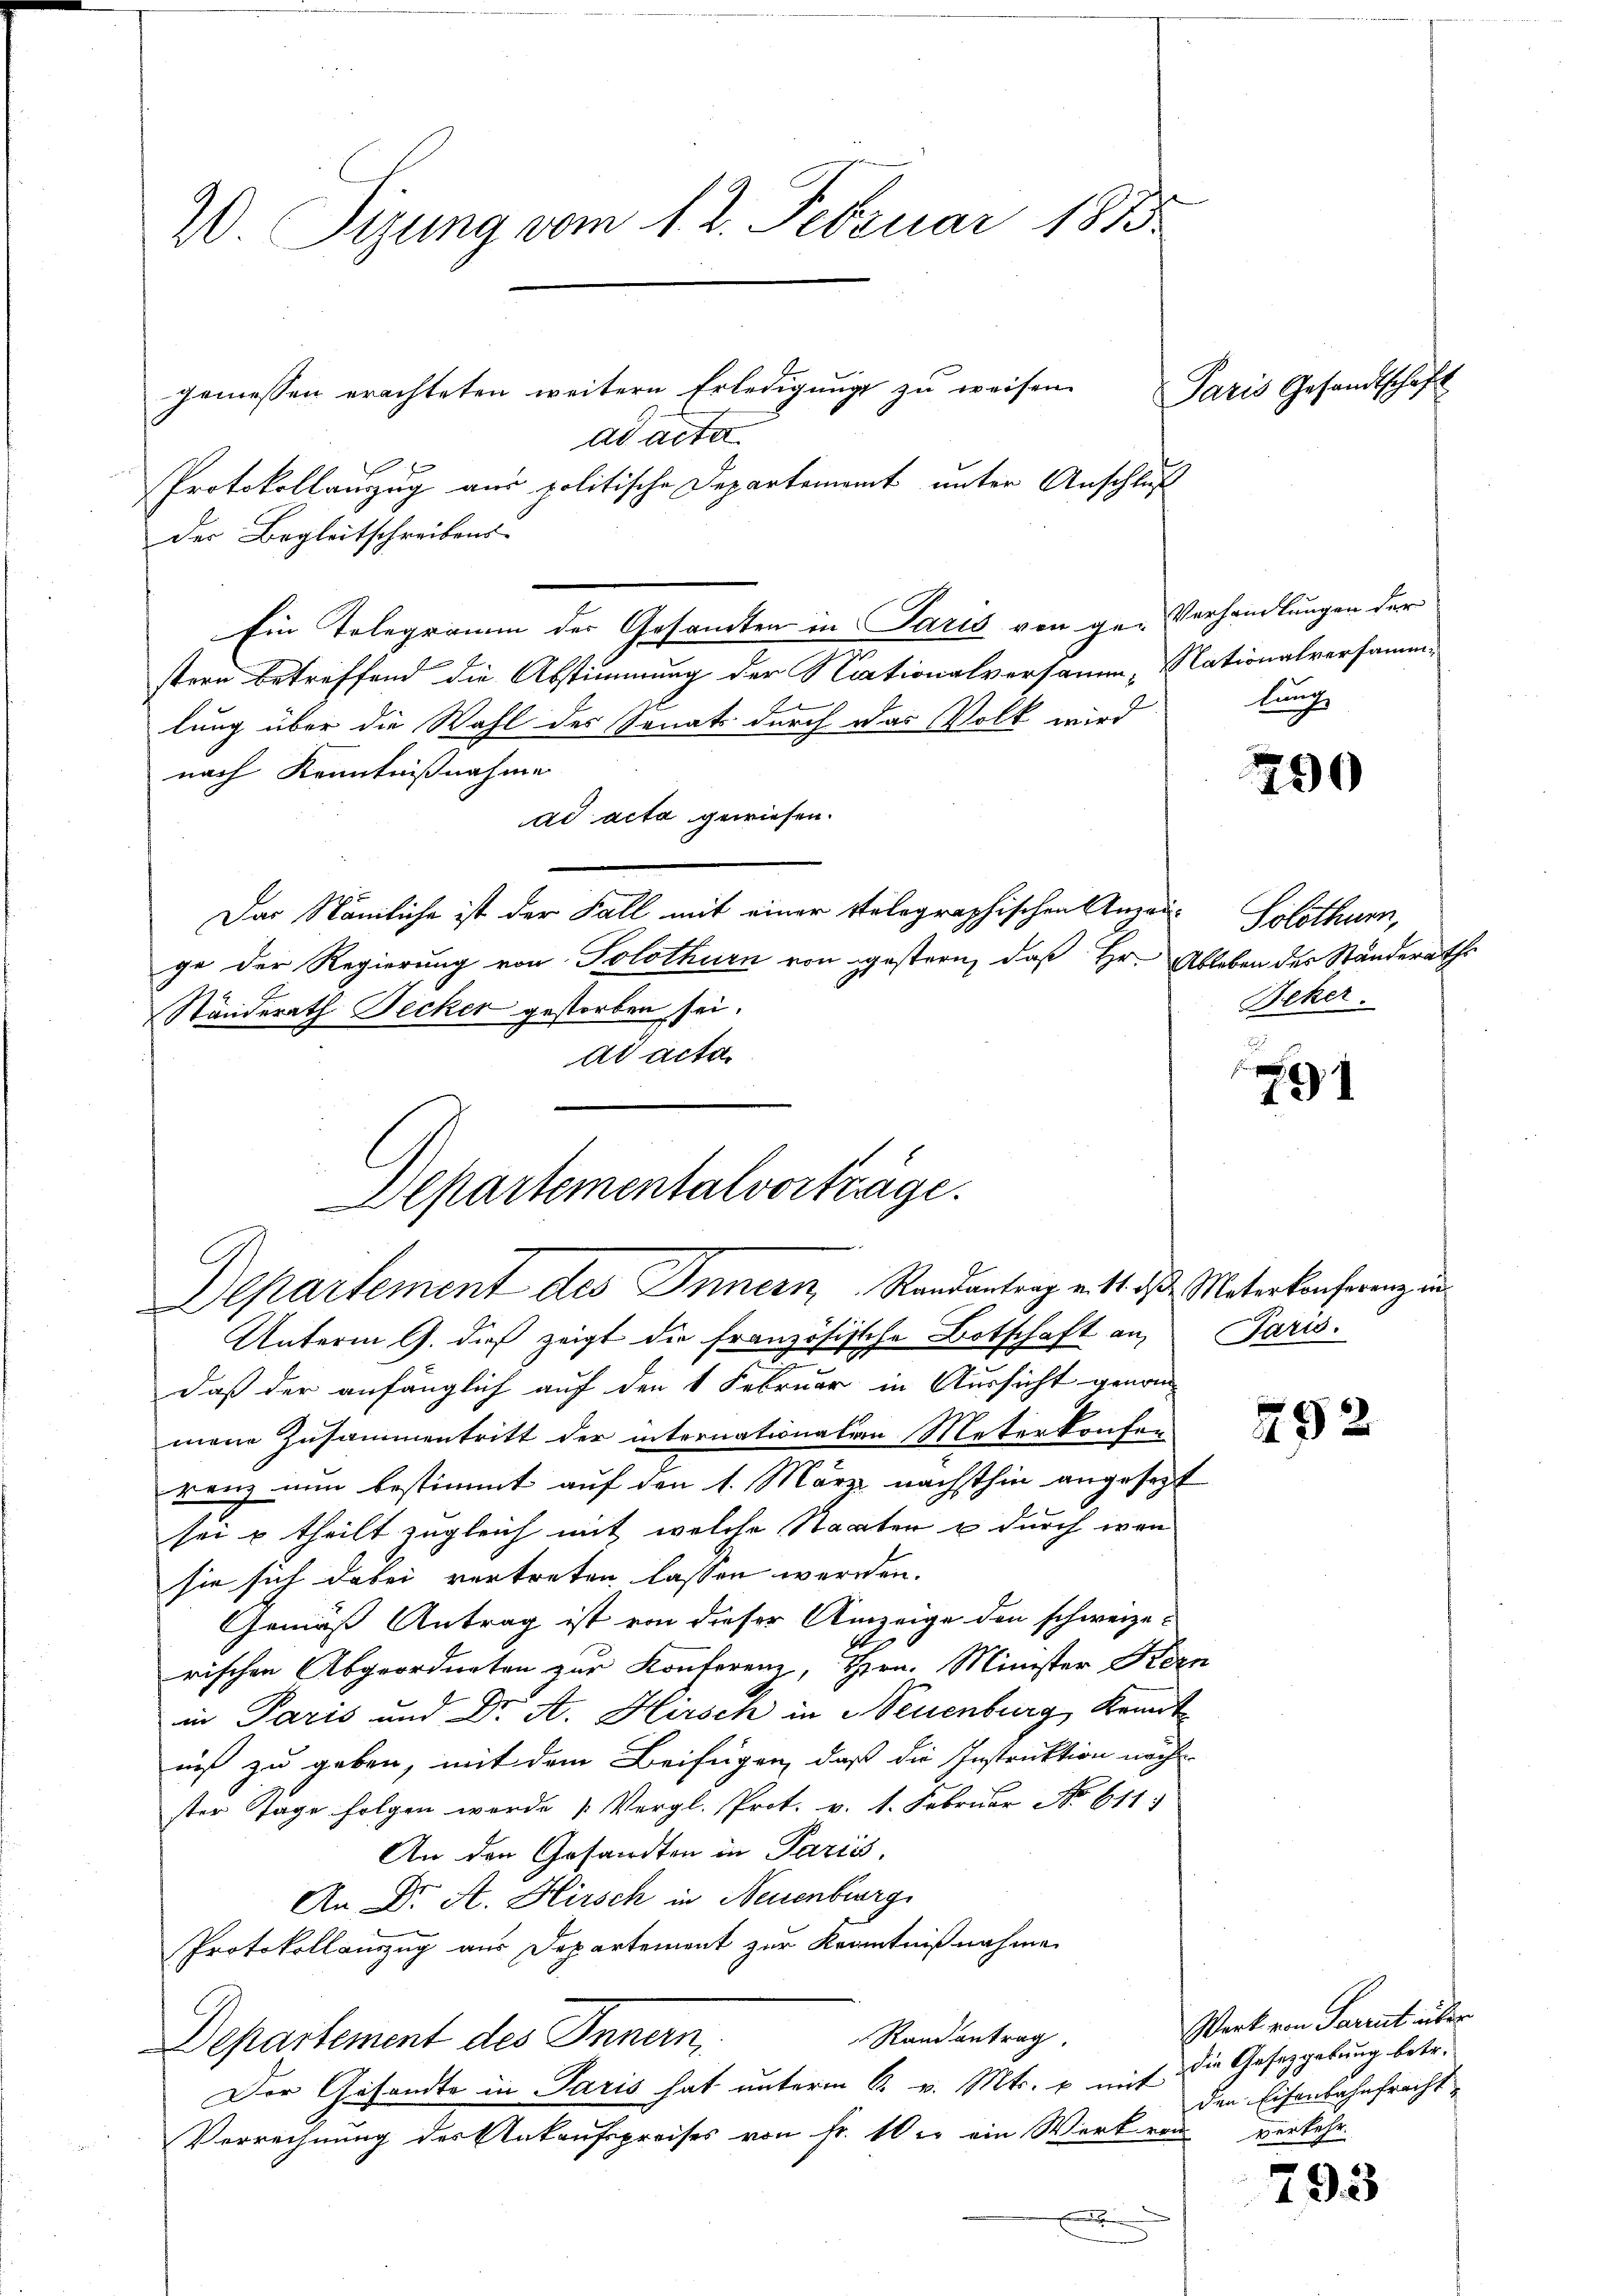
2 Sizung vom 12. Februar 1883

gemessen erachteten weitern Erledigung zu weisen.
ad acta
Protokollanzug aus politische Departement unter Anschluß
der Begleitschreibens-
Ein Telegramm der Gesamten in Paris von ge-Verhandlungen der
 fr
stern betreffend die Abstimmung der Nationalversamm- Nationalversammlung über die Wahl der Senats durch das Volk wird
nach Kenntnißnahme
ad acta gewiesen.
Das Nämliche ist der Fall mit einer Selographischen Anrau Solothurn,
ge der Regierung von Solothurn von gestern, daß Hr. Ableben des Ständeraths
Ständerath Secker gestorben sei.
ad acta.
Unterm 9. dieß zeigt die französische Botschaft an, Paris.

daß der anfänglich auf den 1 Februar in Aussicht genom-
mene Zusammentritt der internationalen Meterkaufen
renz nun bestimmt auf den 1. März nachthin angesezt
sei & theilt zugleich mit welche Staaten u durch wen
sie sich dabei vertreten lassen werden.
Gemäß Antrag ist von dieser Anzeige den schweize-
rischen Abgeordneten zur Konterenz, Hrn. Minister Kers
in Paris und Dr. A. Hirsch in Neuenburg, Kennt
niß zu geben, mit dem Beifügen, daß die Instruktion nach
ster Tage folgen werde [Vergl. Prot. v. 1. Februar No 611.
An den Gesandten in Paris,
An Dr. A. Hirsch in Neuenburg
Protokollauszug aus Departement zur Kenntnißnahme
Randantrag
Departement des Innern,
Der Gesandte in Paris hat unterm 6. v. Mts. p mit
Verrechnung des Ankaufspreises von Fr. 10 er ein Werk von
.

Separtementalvorträge.
Departement des Innern Randantrag ents das Materkonferenz ein

Paris Gesandtschaft

lang

290

Bcker.

91

292

293

Werk von Parent über
die Gesetzgebung betr.
den Eisenbahnfracht
verkehr.